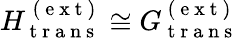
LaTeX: H_{\mathrm{~t~r~a~n~s~}}^{\mathrm{~(~e~x~t~)~}}\cong G_{\mathrm{~t~r~a~n~s~}}^{\mathrm{~(~e~x~t~)~}}